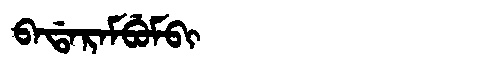
Manchu: ᠪᠠᡩᠠᡵᠠᠮᠪᡠᠮᠪᡳ
Romanization: BADARAMBUMBI